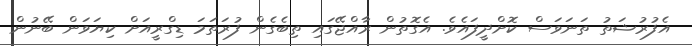
އެފުރުޝަތު ތަނަވަސް ކޮށްދީފައެވެ. އެގޮތުން ރާއްޖޭގައި ތިބެގެން ފުރަތަމަ ޑިގްރީއަށް ކިޔަވަން ބޭނުން